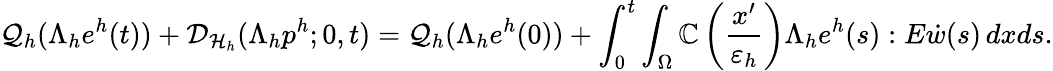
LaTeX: \mathcal{Q}_{h}(\Lambda_{h}e^{h}(t))+\mathcal{D}_{\mathcal{H}_{h}}(\Lambda_{h}p^{h};0,t)=\mathcal{Q}_{h}(\Lambda_{h}e^{h}(0))+\int_{0}^{t}\int_{\Omega}\mathbb{C}\left(\frac{x^{\prime}}{{\varepsilon_{h}}}\right)\Lambda_{h}e^{h}(s):E\dot{w}(s)\, dxds.